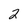
Character: 2